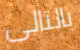
بالتالى